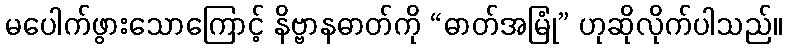
မပေါက်ဖွားသောကြောင့် နိဗ္ဗာနဓာတ်ကို “ဓာတ်အမြုံ” ဟုဆိုလိုက်ပါသည်။